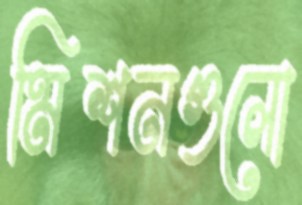
মিশনগুলো